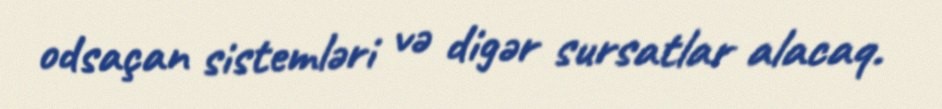
odsaçan sistemləri və digər sursatlar alacaq.